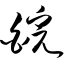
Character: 皖